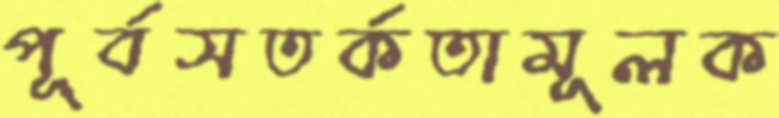
পূর্বসতর্কতামূলক